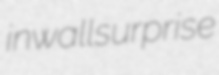
inwall surprise